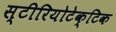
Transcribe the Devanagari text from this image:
स्टीरियोटेक्टिक